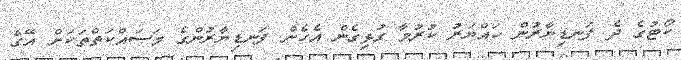
ކޯޓުގެ ދެ ފަނޑިޔާރުން ހައްޔަރު ކުރުމާ ގުޅިގެން އެހެން ފަނޑިޔާރުންގެ މަސައްކަތްތަކަށް އޭގެ